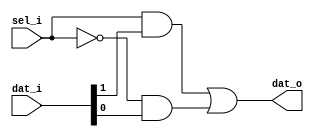
`timescale 1 ps / 1 ps

module mux_2_to_1
  (
    input sel_i,
    input [1:0] dat_i,
    output dat_o
  );

  assign dat_o = sel_i && dat_i[1] || ~sel_i && dat_i[0];

endmodule

module mux_n_to_1
  #(
    parameter sel_w = 4,
    parameter n_inputs = 2**sel_w
  )
  (
    input [n_inputs-1:0] inputs_i,
    input [sel_w-1:0] sel_i,
    output output_o
  );

  genvar i,j;
  generate
  if(sel_w == 1) begin
    mux_2_to_1 mux_simple
      (
        .sel_i(sel_i),
        .dat_i(inputs_i),
        .dat_o(output_o)
      );
  end else begin
    wire [n_inputs-2:0] inter_w;

    for(i=0; i<sel_w; i=i+1) begin : SELECT_STAGE
      if(i==0) begin
        for(j=0; j<n_inputs/2; j=j+1) begin : FIRST_STAGE
          mux_2_to_1 mux_first_stage
            (
              .sel_i(sel_i[i]),
              .dat_i(inputs_i[2*j+1:2*j]),
              .dat_o(inter_w[j])
            );
        end
      end else begin
        for(j=0; j<(n_inputs/(2**(i+1))); j=j+1) begin : INTERMEDIARY_STAGE
          mux_2_to_1 mux_intermediary_stages
            (
              .sel_i(sel_i[i]),
              .dat_i(inter_w[ (n_inputs/(2**(i-1)))*((2**(i-1))-1) + 2*j + 1 : (n_inputs/(2**(i-1)))*((2**(i-1))-1) + 2*j ]),
              .dat_o(inter_w[ (n_inputs/(2**i))*((2**i)-1) + j ])
            );
        end
      end
    end
    assign output_o = inter_w[ (n_inputs/(2**(sel_w-1)))*((2**(sel_w-1))-1) ];
  end
  endgenerate
endmodule

module top;
  parameter sel_wid = 3;
  parameter num_inputs = 2**sel_wid;

  reg [num_inputs-1:0] in;
  reg [sel_wid-1:0] sel;
  wire out;
  integer lp;
  reg pass;

  mux_n_to_1
    #(
      .sel_w(sel_wid),
      .n_inputs(num_inputs)
     )
     dut
     (
       .inputs_i(in),
       .sel_i(sel),
       .output_o(out)
     );

  initial begin
    pass = 1'b1;

    for (lp = 0; lp < num_inputs; lp = lp + 1) begin
      sel = lp;
      in = 2**lp;
      $display("Checking input %0d;", sel);
      #1;
      if (out !== 1'b1) begin
        $display("  Failed input high (%b), got %b", in, out);
        pass = 1'b0;
      end
      in = ~in;
      #1;
      if (out !== 1'b0) begin
        $display("  Failed input low (%b), got %b", in, out);
        pass = 1'b0;
      end
    end

    if (pass) $display("PASSED");
  end
endmodule